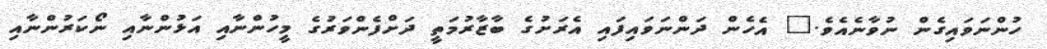
ހުންނަވައިގެން ނުވާނެއެވެ." އެހެން ދަންނަވައިފައި އެރަށުގެ ބާޒާރުމަތީ ދަށްފެންވަރުގެ މީހުންނާއި އަޅުންނާއި ނޯކަރުންނާއި